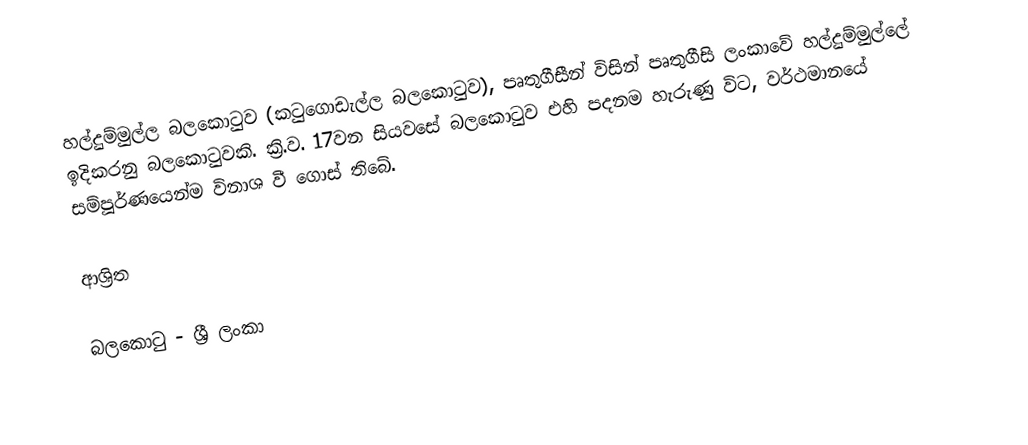
හල්දුම්මුල්ල බලකොටුව (කටුගොඩැල්ල බලකොටුව),  පෘතුගීසීන් විසින් පෘතුගීසි ලංකාවේ හල්දුම්මුල්ලේ ඉදිකරනු බලකොටුවකි. ක්‍රි.ව. 17වන සියවසේ බලකොටුව එහි පදනම හැරුණු විට, වර්ථමානයේ සම්පූර්ණයෙන්ම විනාශ වී ගොස් තිබේ.

ආශ්‍රිත

බලකොටු - ශ්‍රී ලංකා